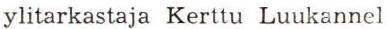
ylitarkastaja Kerttu Luukannel